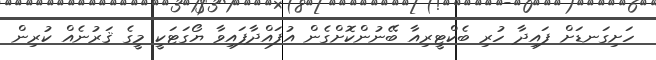
ހަށިގަނޑަށް ފައިދާ ހުރި ބެކްޓީރިއާ ބޭނުންކޮށްގެން އުފައްދާފައިވާ ޔޯގަޓަކީ މީގެ ޤަރުނެއް ކުރިން